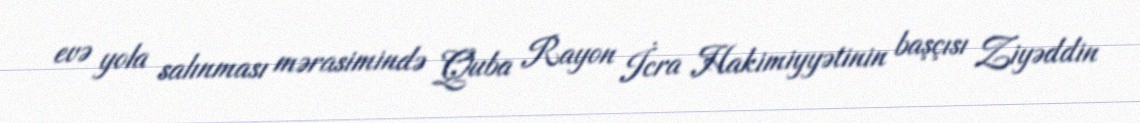
evə yola salınması mərasimində Quba Rayon İcra Hakimiyyətinin başçısı Ziyəddin